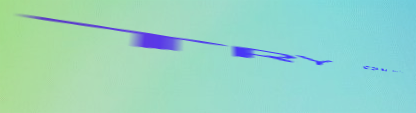
TRY OUR PIZZA